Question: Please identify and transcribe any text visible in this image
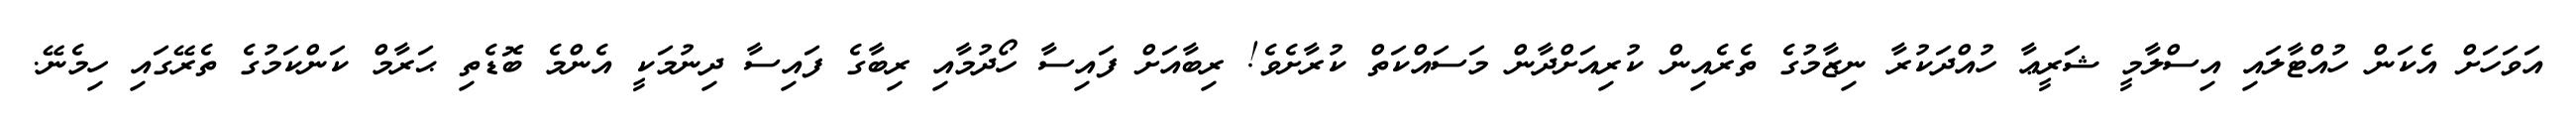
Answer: އަވަހަށް އެކަން ހުއްޓާލައި އިސްލާމީ ޝަރީޢާ ހުއްދަކުރާ ނިޒާމުގެ ތެރެއިން ކުރިއަށްދާން މަސައްކަތް ކުރާށެވެ! ރިބާއަށް ފައިސާ ހޯދުމާއި ރިބާގެ ފައިސާ ދިނުމަކީ އެންމެ ބޮޑެތި ޙަރާމް ކަންކަމުގެ ތެރޭގައި ހިމެނޭ.